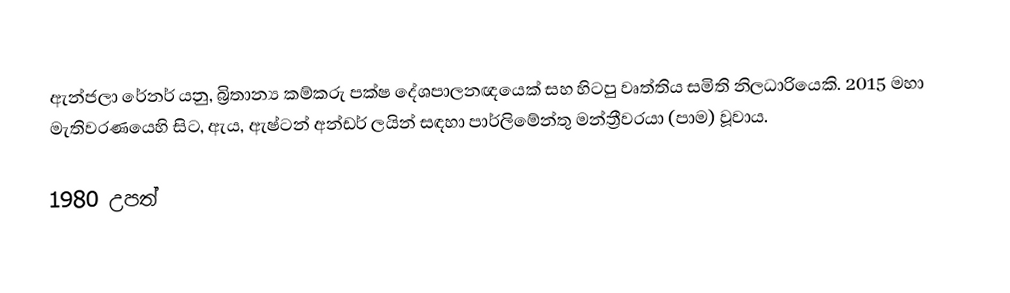
ඇන්ජලා රේනර් යනු,  බ්‍රිතාන්‍ය කම්කරු පක්ෂ දේශපාලනඥයෙක් සහ හිටපු වෘත්තිය සමිති නිලධාරියෙකි. 2015 මහා මැතිවරණයෙහි සිට, ඇය,  ඇෂ්ටන් අන්ඩර් ලයින් සඳහා පාර්ලිමේන්තු මන්ත්‍රීවරයා (පාම) වූවාය.

1980 උපත්